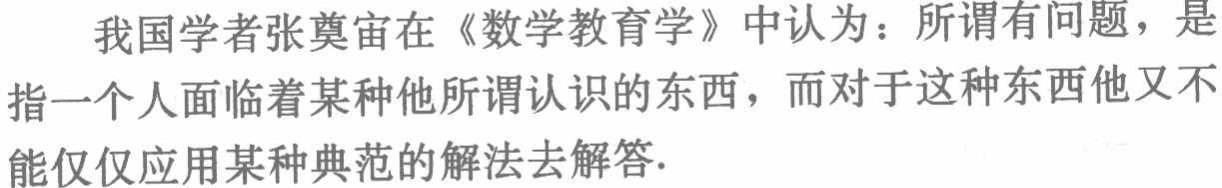
我国学者张奠宙在《数学教育学》中认为：所谓有问题，是指一个人面临着某种他所谓认识的东西，而对于这种东西他又不能仅仅应用某种典范的解法去解答.